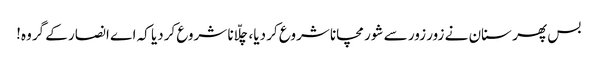
بس پھر سنان نے زور زور سے شور مچانا شروع کر دیا، چلّانا شروع کردیا کہ اے انصار کے گروہ!